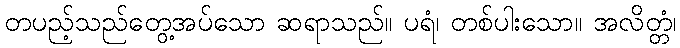
တပည့်သည်တွေ့အပ်သော ဆရာသည်။ ပရံ၊ တစ်ပါးသော။ အလိတ္တံ၊